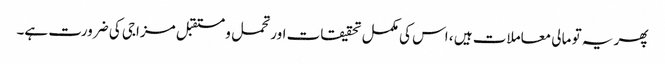
پھر یہ تو مالی معاملات ہیں ، اس کی مکمل تحقیقات اور تحمل و مستقبل مزاجی کی ضرورت ہے۔